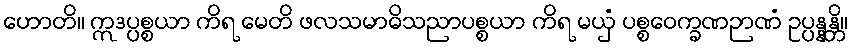
ဟောတိ။ ဣဒပ္ပစ္စယာ ကိရ မေတိ ဖလသမာဓိသညာပစ္စယာ ကိရ မယှံ ပစ္စဝေက္ခဏဉာဏံ ဥပ္ပန္နန္တိ။